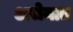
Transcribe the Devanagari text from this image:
असेनात